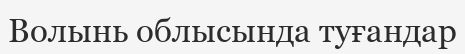
Волынь облысында туғандар